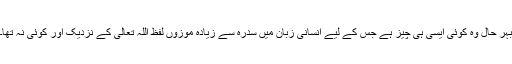
بہر حال وہ کوئی ایسی ہی چیز ہے جس کے لیے انسانی زبان میں سدرہ سے زیادہ موزوں لفظ اللہ تعالیٰ کے نزدیک اور کوئی نہ تھا۔